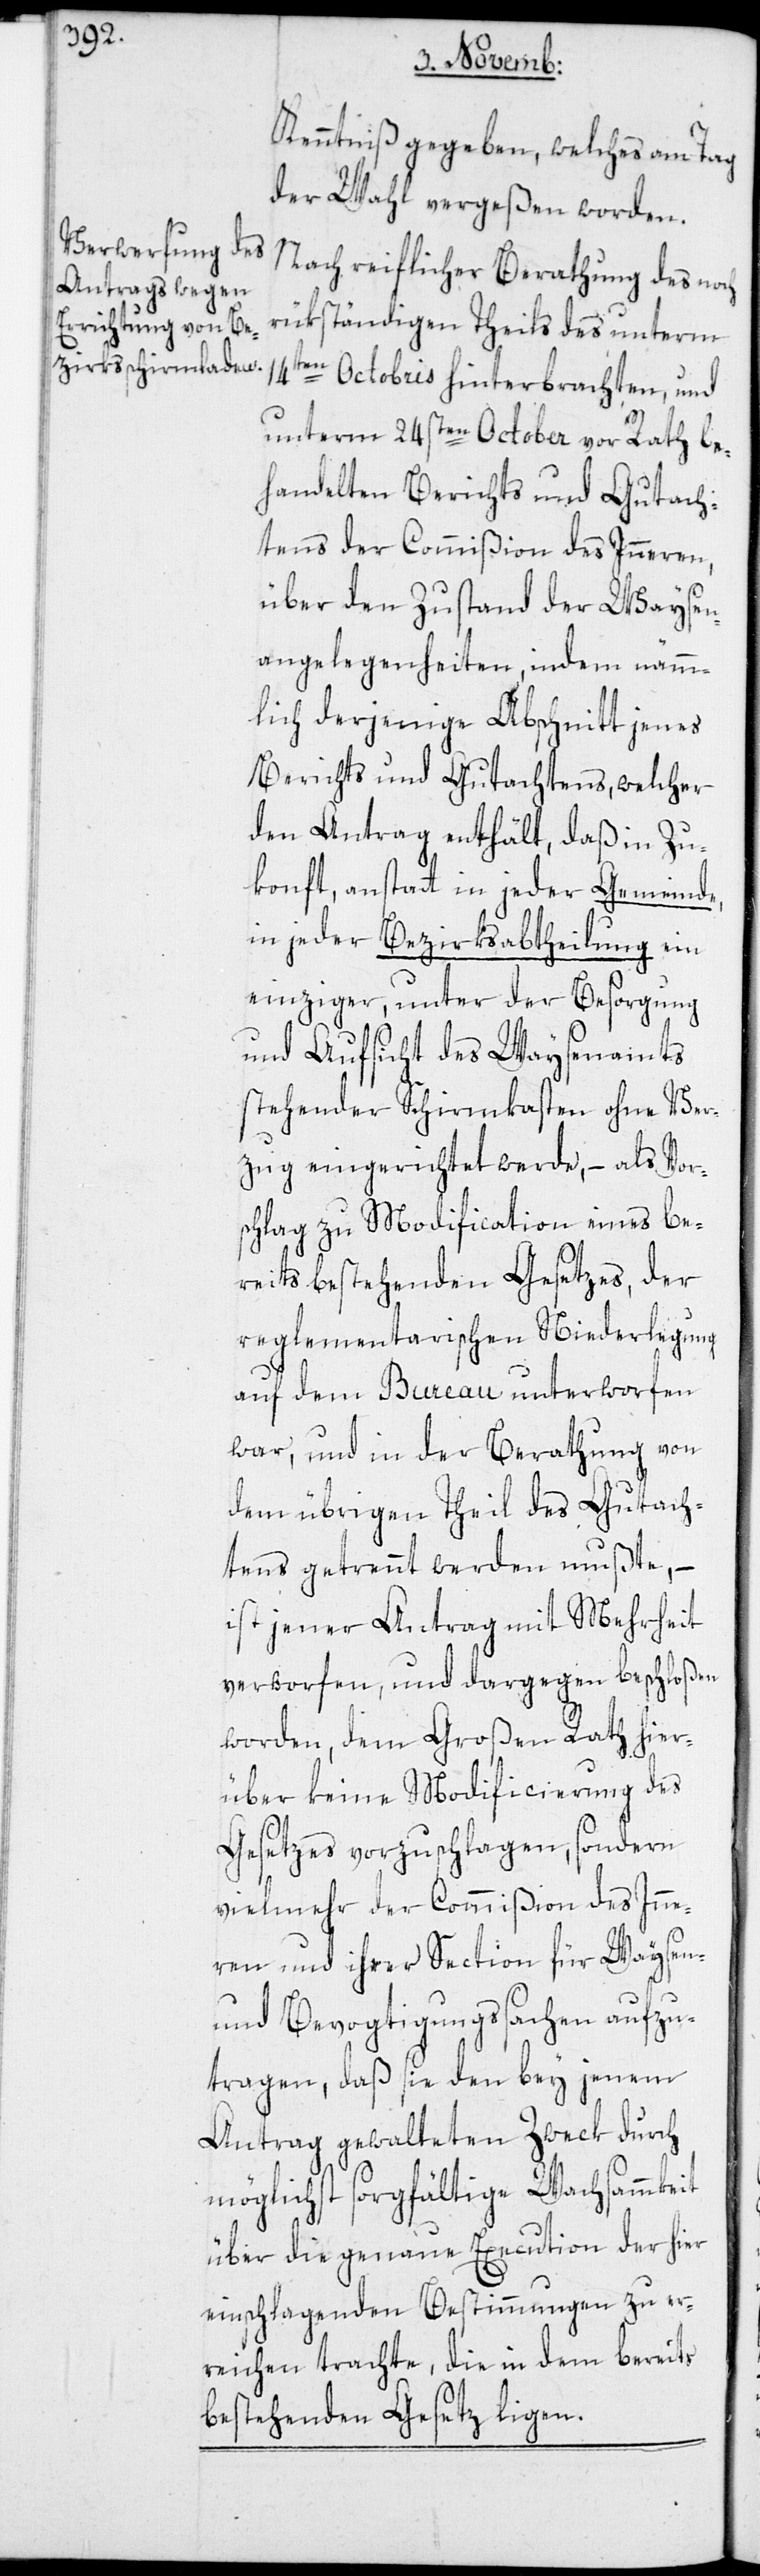
Kenntniß gegeben, welches am Tag
der Wahl vergeßen worden.
Nach reiflicher Berathung des noch
rükständigen Theils des unterm
14ten Octobris hinterbrachten, und
unterm 24sten October vor Rath be¬
handelten Berichts und Gutach¬
tens der Commißion des Inneren,
über den Zustand der Waysen¬
angelegenheiten, indem nämm¬
lich derjenige Abschnitt jenes
Berichts und Gutachtens, welcher
den Antrag enthält, daß in Zu¬
konft, anstatt in jeder Gemeinde,
in jeder Bezirksabtheilung ein
einziger, unter der Besorgung
und Aufsicht des Waysenamts
stehender Schirmkasten ohne Ver¬
zug eingerichtet werde, – als Vor¬
schlag zu Modification eines be¬
reits bestehenden Gesetzes, der
reglementarischen Niederlegung
auf dem Bureau unterworfen
war, und in der Berathung von
dem übrigen Theil des Gutach¬
tens getrennt werden mußte, –
ist jener Antrag mit Mehrheit
verworfen, und dargegen beschloßen
worden, dem Großen Rath hier¬
über keine Modificierung des
Gesetzes vorzuschlagen, sondern
vielmehr der Commißion des Inne¬
ren und ihrer Section für Waysen-
und Bevogtigungssachen aufzu¬
tragen, daß sie den bey jenem
Antrag gewalteten Zweck durch
möglichst sorgfältige Wachsammkeit
über die genaue Execution der hier
einschlagenden Bestimmungen zu er¬
richten trachte, die in dem bereits
bestehenden Gesetz ligen.